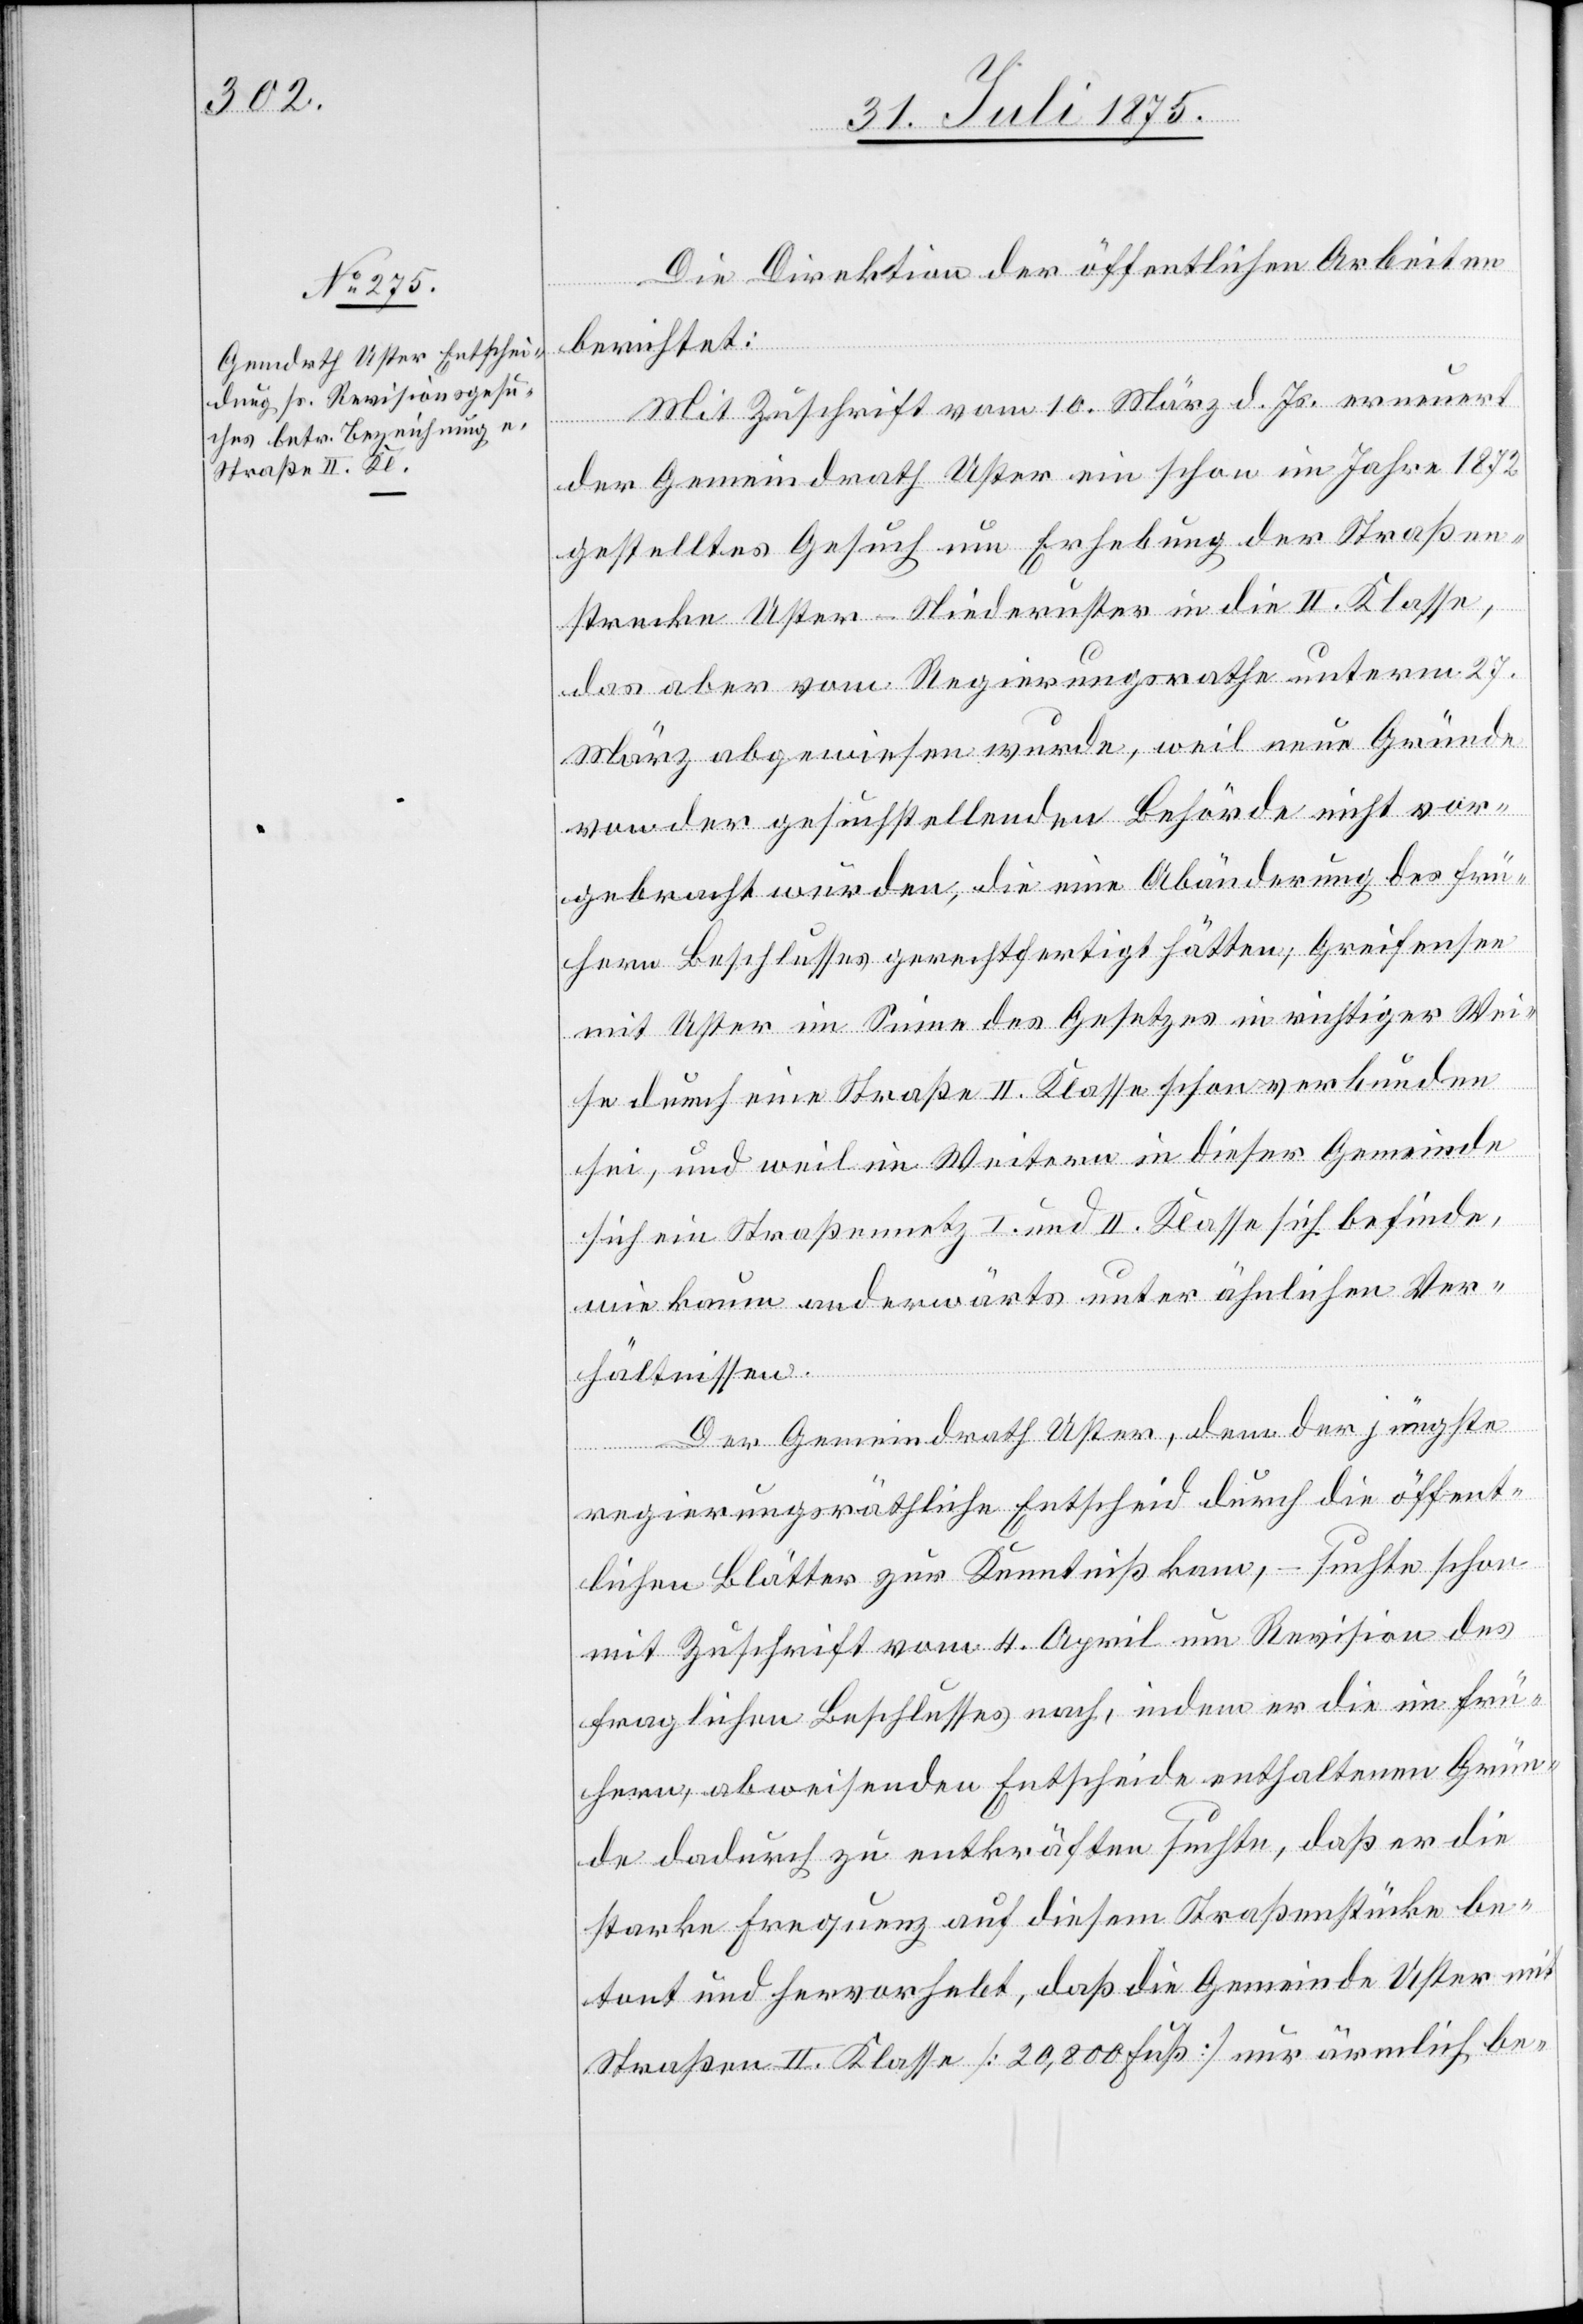
Die Direktion der öffentlichen Arbeiten
berichtet:
Mit Zuschrift vom 10. März d. Js. erneuert
der Gemeindrath Uster ein schon im Jahre 1872
gestelltes Gesuch um Erhebung der Straßen¬
strecke Uster–Niederuster in die II. Klasse,
das aber vom Regierungsrathe unterm 27.
März abgewiesen wurde, weil neue Gründe
von der gesuchstellenden Behörde nicht vor¬
gebracht wurden, die eine Abänderung des frü¬
hern Beschlusses gerechtfertigt hätten, Greifensee
mit Uster im Sinne des Gesetzes in richtiger Wei¬
se durch eine Straße II. Klasse schon verbunden
sei, und weil im Weitern in dieser Gemeinde
sich ein Straßennetz I. und II. Klasse sich befinde,
wie kaum anderwärts unter ähnlicher Ver¬
hältnissen.
Der Gemeindrath Uster, dem der jüngste
regierungsräthliche Entscheid durch die öffent¬
lichen Blätter zur Kenntniß kam, – suchte schon
mit Zuschrift vom 4. April um Revision des
fraglichen Beschlusses nach, indem er die im frü¬
hern, abweisenden Entscheide enthaltenen Grün¬
de dadurch zu entkräften suchte, daß er die
starke Frequenz auf diesem Straßenstücke be¬
tont und hervorhebt, daß die Gemeinde Uster mit
Straßen II. Klasse [20,800 Fuß] nur ärmlich be-